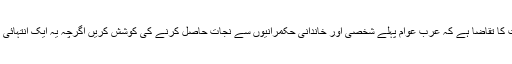
اس بدنما حقیقت کا تقاضا ہے کہ عرب عوام پہلے شخصی اور خاندانی حکمرانیوں سے نجات حاصل کرنے کی کوشش کریں اگرچہ یہ ایک انتہائی مشکل کام ہے۔